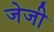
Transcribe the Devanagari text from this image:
जेजी